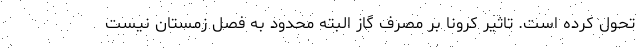
تحول کرده است. تاثیر کرونا بر مصرف گاز البته محدود به فصل زمستان نیست